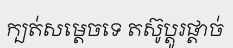
ក្បត់សម្តេចទេ តស៊ូប្តូរផ្តាច់